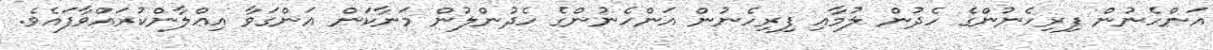
އަންހެނުން ފިރިހެނުންގެ ހެދުން ލުމާއި ފިރިހެނުން އަންހެނުންގެ ހެދުންލުން މަނާކަން އަންގަވާ އިޢްލާންކުރައްވާފައެވެ.